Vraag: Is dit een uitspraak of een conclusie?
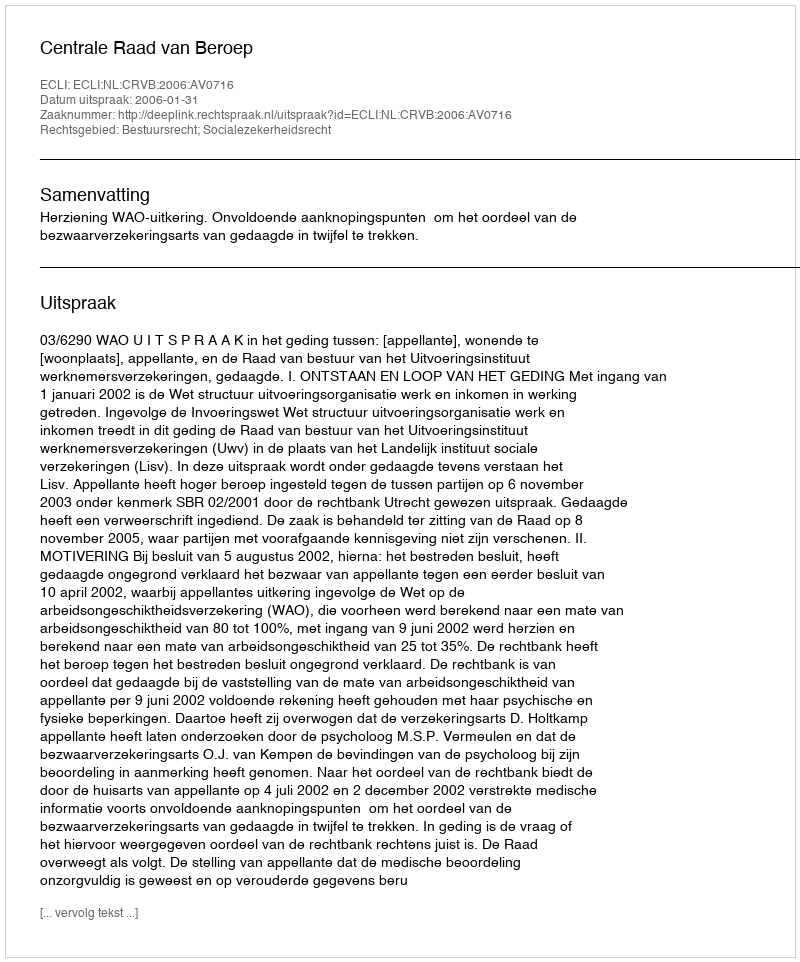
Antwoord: Uitspraak